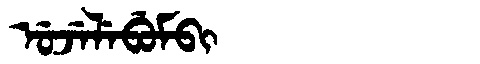
Manchu: ᡠᠵᡝᠯᡝᠪᡠᠮᠪᡳ
Romanization: UJELEBUMBI